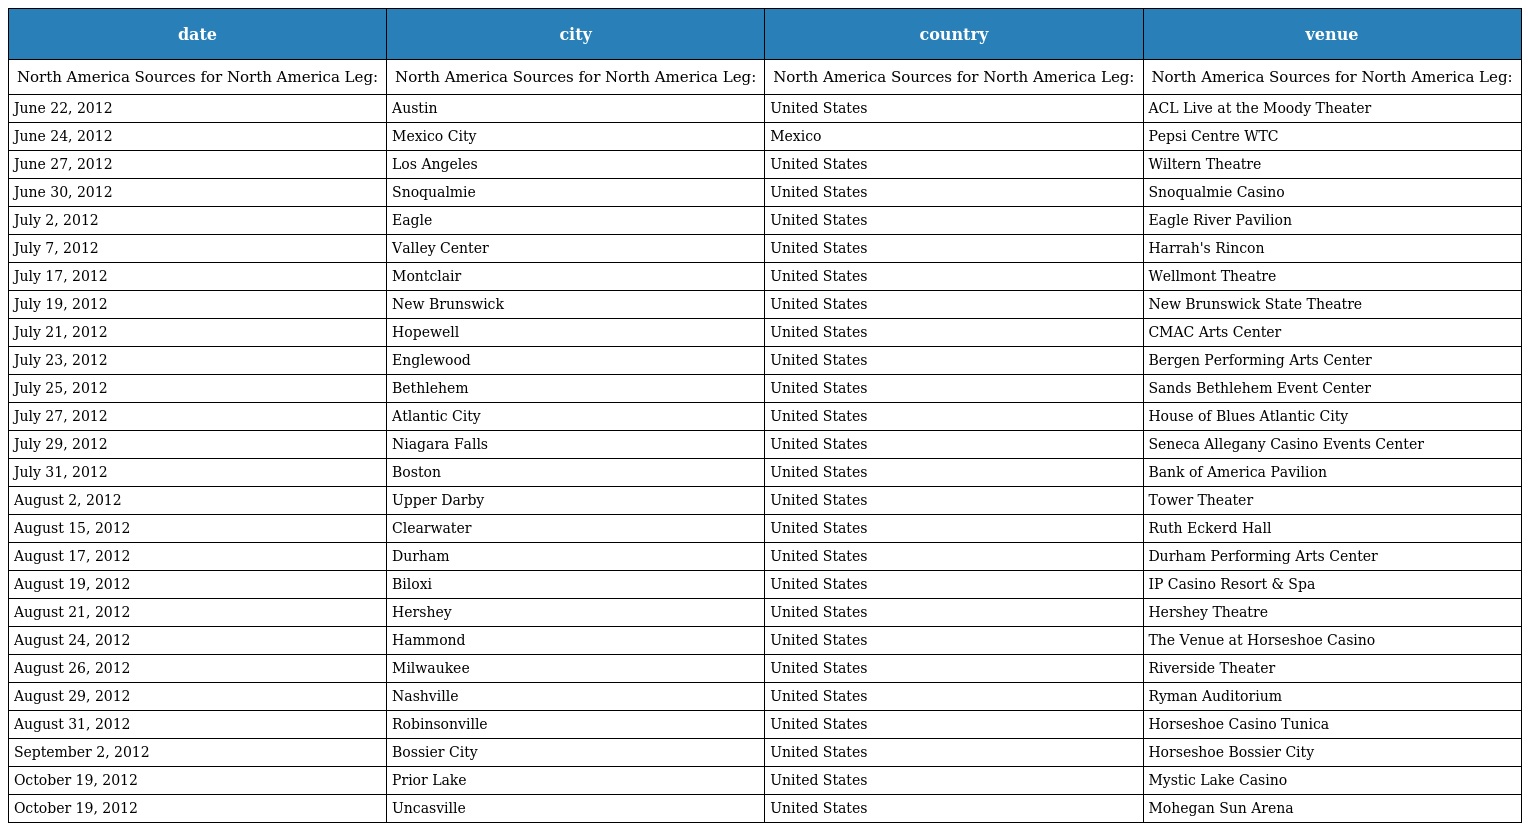
| date | city | country | venue |
 | --- | --- | --- | --- |
 | North America Sources for North America Leg: | North America Sources for North America Leg: | North America Sources for North America Leg: | North America Sources for North America Leg: |
 | June 22, 2012 | Austin | United States | ACL Live at the Moody Theater |
 | June 24, 2012 | Mexico City | Mexico | Pepsi Centre WTC |
 | June 27, 2012 | Los Angeles | United States | Wiltern Theatre |
 | June 30, 2012 | Snoqualmie | United States | Snoqualmie Casino |
 | July 2, 2012 | Eagle | United States | Eagle River Pavilion |
 | July 7, 2012 | Valley Center | United States | Harrah's Rincon |
 | July 17, 2012 | Montclair | United States | Wellmont Theatre |
 | July 19, 2012 | New Brunswick | United States | New Brunswick State Theatre |
 | July 21, 2012 | Hopewell | United States | CMAC Arts Center |
 | July 23, 2012 | Englewood | United States | Bergen Performing Arts Center |
 | July 25, 2012 | Bethlehem | United States | Sands Bethlehem Event Center |
 | July 27, 2012 | Atlantic City | United States | House of Blues Atlantic City |
 | July 29, 2012 | Niagara Falls | United States | Seneca Allegany Casino Events Center |
 | July 31, 2012 | Boston | United States | Bank of America Pavilion |
 | August 2, 2012 | Upper Darby | United States | Tower Theater |
 | August 15, 2012 | Clearwater | United States | Ruth Eckerd Hall |
 | August 17, 2012 | Durham | United States | Durham Performing Arts Center |
 | August 19, 2012 | Biloxi | United States | IP Casino Resort & Spa |
 | August 21, 2012 | Hershey | United States | Hershey Theatre |
 | August 24, 2012 | Hammond | United States | The Venue at Horseshoe Casino |
 | August 26, 2012 | Milwaukee | United States | Riverside Theater |
 | August 29, 2012 | Nashville | United States | Ryman Auditorium |
 | August 31, 2012 | Robinsonville | United States | Horseshoe Casino Tunica |
 | September 2, 2012 | Bossier City | United States | Horseshoe Bossier City |
 | October 19, 2012 | Prior Lake | United States | Mystic Lake Casino |
 | October 19, 2012 | Uncasville | United States | Mohegan Sun Arena |